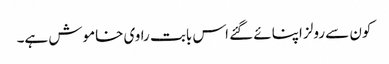
کون سے رولز اپنائے گئے اس بابت راوی خاموش ہے۔